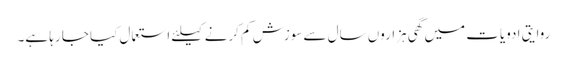
روایتی ادویات میں گھی ہزاروں سال سے سوزش کم کرنے کیلئے استعمال کیا جا رہا ہے۔